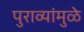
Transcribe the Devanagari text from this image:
पुराव्यांमुळे